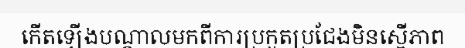
កើតឡើងបណ្តាលមកពីការប្រកួតប្រជែងមិនស្មើភាព